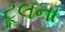
ટૂલના